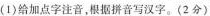
(1) 给加点字注音，根据拼音写汉字。(2分)